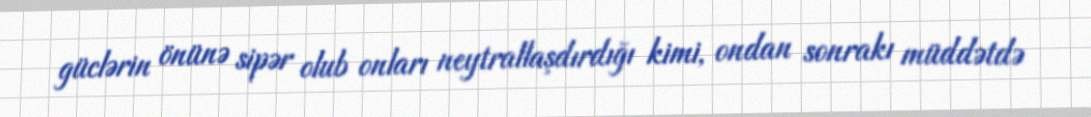
güclərin önünə sipər olub onları neytrallaşdırdığı kimi, ondan sonrakı müddətdə